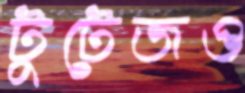
টুটেজও